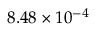
8 . 4 8 \times 1 0 ^ { - 4 }